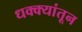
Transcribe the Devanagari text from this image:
धक्क्यांतून